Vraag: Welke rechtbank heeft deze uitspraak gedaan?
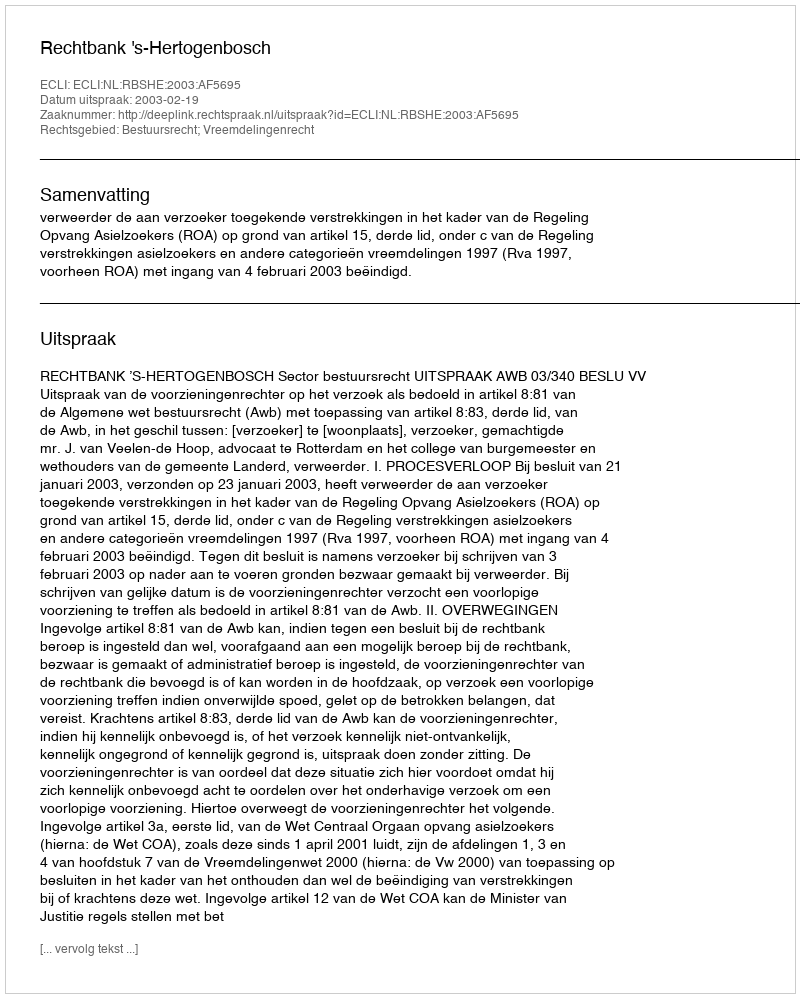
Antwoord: Rechtbank 's-Hertogenbosch